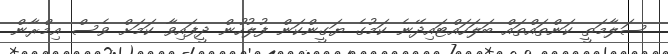
ސަލާމަތީ ކަންތައްތައް ބަލަހައްޓައިދޭނެ ކަމުގެ ޔަގީންކަން ފުލުހުން ދީފައިވާ ކަމަށް ވެސް އިމްރާން